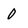
Character: 0